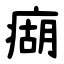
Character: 㾰